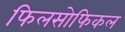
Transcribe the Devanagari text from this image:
फिलसोफिकल